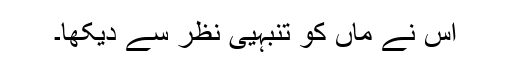
اس نے ماں کو تنبہیی نظر سے دیکھا۔